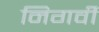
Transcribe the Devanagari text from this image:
निगर्वी